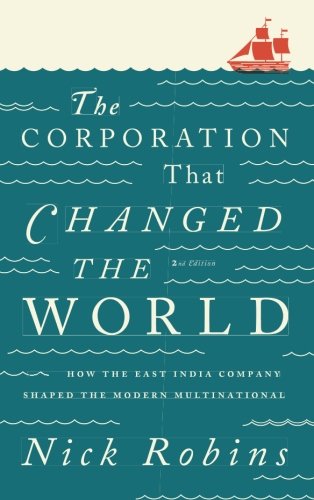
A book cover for The Corporation That Changed the World: How the East India Company Shaped the Modern Multinational; Nick Robins; History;